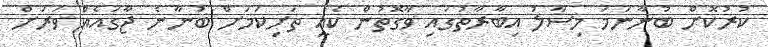
ކުރުކޮށް ބުނާނަމަ މިސާލު އިބާރާތުގައި ވާގޮތުން ކެއީ ތަށިކަމަށް ބުނާނެ ޖާގައެއް ވަރަށް